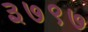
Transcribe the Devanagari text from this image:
३७९७